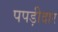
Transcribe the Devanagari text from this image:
पपड़ीदार